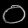
Digit: ၀